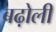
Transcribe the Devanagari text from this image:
बढ़ोली